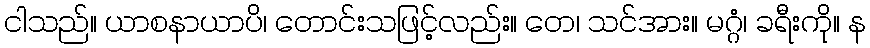
ငါသည်။ ယာစနာယာပိ၊ တောင်းသဖြင့်လည်း။ တေ၊ သင်အား။ မဂ္ဂံ၊ ခရီးကို။ န